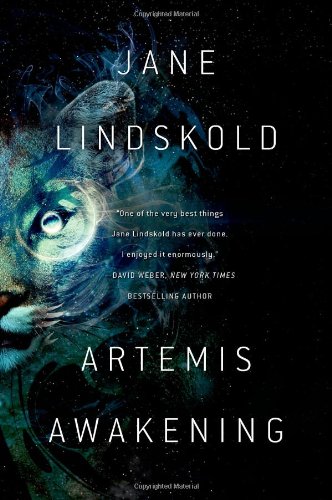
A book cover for Artemis Awakening (Artemis Awakening Series); Jane Lindskold; Science Fiction & Fantasy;